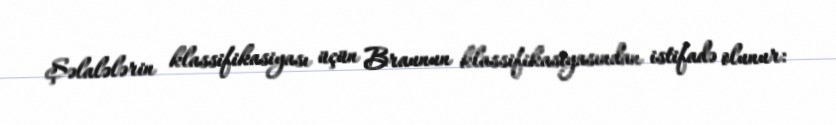
Şəlalələrin klassifikasiyası üçün Braunun klassifikasiyasından istifadə olunur: